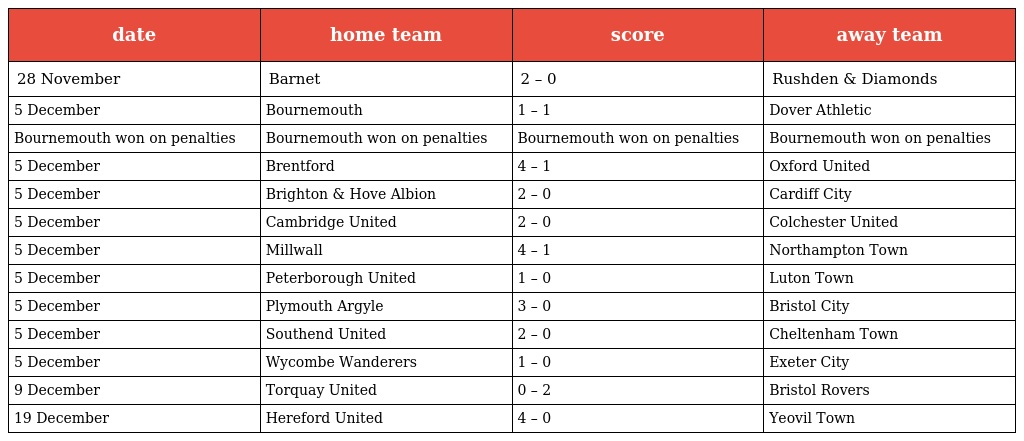
| date | home team | score | away team |
 | --- | --- | --- | --- |
 | 28 November | Barnet | 2 – 0 | Rushden & Diamonds |
 | 5 December | Bournemouth | 1 – 1 | Dover Athletic |
 | Bournemouth won on penalties | Bournemouth won on penalties | Bournemouth won on penalties | Bournemouth won on penalties |
 | 5 December | Brentford | 4 – 1 | Oxford United |
 | 5 December | Brighton & Hove Albion | 2 – 0 | Cardiff City |
 | 5 December | Cambridge United | 2 – 0 | Colchester United |
 | 5 December | Millwall | 4 – 1 | Northampton Town |
 | 5 December | Peterborough United | 1 – 0 | Luton Town |
 | 5 December | Plymouth Argyle | 3 – 0 | Bristol City |
 | 5 December | Southend United | 2 – 0 | Cheltenham Town |
 | 5 December | Wycombe Wanderers | 1 – 0 | Exeter City |
 | 9 December | Torquay United | 0 – 2 | Bristol Rovers |
 | 19 December | Hereford United | 4 – 0 | Yeovil Town |